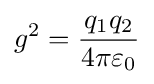
g^{2}={\frac {q_{1}q_{2}}{4\pi \varepsilon _{0}}}